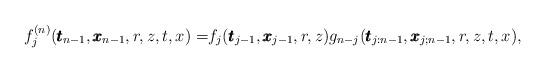
LaTeX: \begin{align*}f_j^{(n)}( \pmb{t}_{n-1} , \pmb{x}_{n-1},r,z,t,x)= & f_{j}(\pmb{t}_{j - 1}, \pmb{x}_{j - 1},r,z) g_{n-j}(\pmb{t}_{j:n-1}, \pmb{x}_{j;n-1},r,z,t,x),\end{align*}